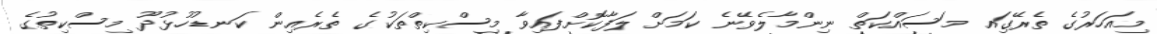
މިއަހަރުގެ ތެރޭގަިއ މަސައްކަތް ނިންމާލެވޭނެ ކަމަށް ލަފާކޮށްފައިވާ މިސްކިތްތަކުގެ ތެރެއިން ކަނޑުހުޅުދޫ މިސްކިތުގެ